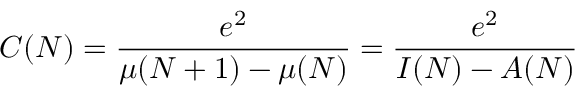
C ( N ) = { \frac { e ^ { 2 } } { \mu ( N + 1 ) - \mu ( N ) } } = { \frac { e ^ { 2 } } { I ( N ) - A ( N ) } }